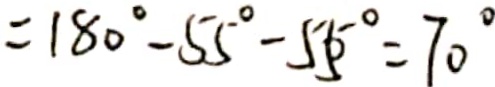
= 1 8 0 ^ { \circ } - 5 5 ^ { \circ } - 5 5 ^ { \circ } = 7 0 ^ { \circ }